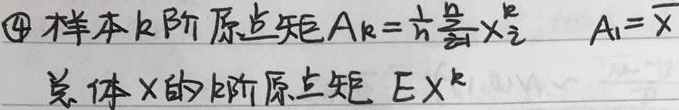
\textcircled{4} 样本 \(k\) 阶原点矩 \(A_{k}=\frac{1}{n}\sum_{i = 1}^{n}X_{i}^{k}\)，\(A_{1}=\overline{X}\)；总体 \(X\) 的 \(k\) 阶原点矩 \(EX^{k}\)